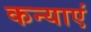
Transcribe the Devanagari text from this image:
कन्‍याएं